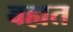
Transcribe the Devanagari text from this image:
बह्यत